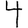
Digit: 4